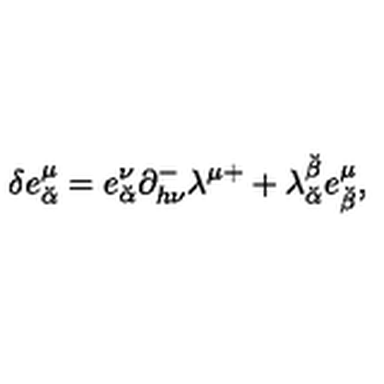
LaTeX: \delta e _ { \breve { \alpha } } ^ { \mu } = e _ { \breve { \alpha } } ^ { \nu } \partial _ { h \nu } ^ { - } \lambda ^ { \mu + } + \lambda _ { \breve { \alpha } } ^ { \breve { \beta } } e _ { \breve { \beta } } ^ { \mu } ,